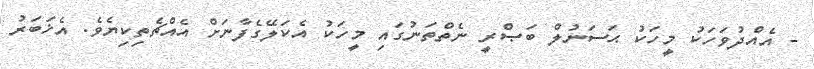
- އެއްދުވަހަކު މީހަކު ޙަސަނުލް ބަޞްރީ ނެތްތަނުގައި މީހަކު އެކަލޭގެފާނަށް އެއްޗެތިކިޔެވެ. އެޚަބަރު